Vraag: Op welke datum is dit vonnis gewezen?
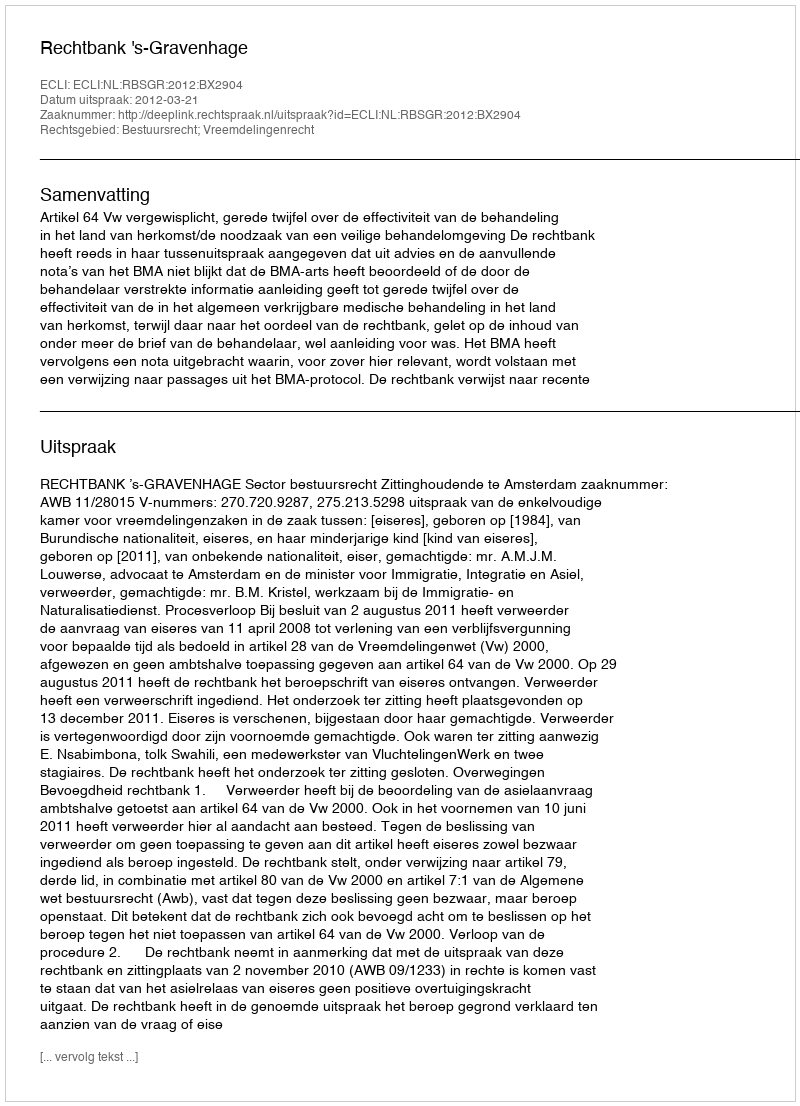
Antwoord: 2012-03-21